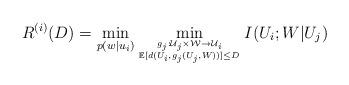
LaTeX: \begin{align*}R^{(i)}_{}(D)=\min\limits_{p(w|u_i)}\min\limits_{{g_j: \mathcal{U}_j\times\mathcal{W}\rightarrow\mathcal{U}_i}\atop{\mathbb{E}[d(U_i, g_j(U_j, W))]\le D}} I(U_i; W|U_j)\end{align*}